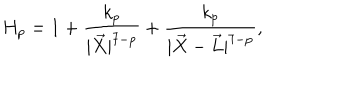
H _ { p } = 1 + \frac { k _ { p } } { | \vec { X } | ^ { 7 - p } } + \frac { k _ { p } } { | \vec { X } - \vec { L } | ^ { 7 - p } } ,